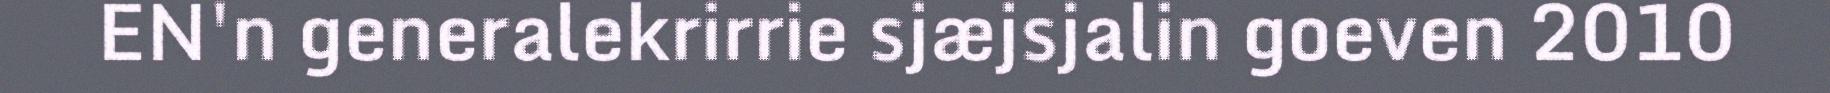
EN'n generalekrirrie sjæjsjalin goeven 2010